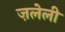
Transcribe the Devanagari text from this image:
ज़लेली